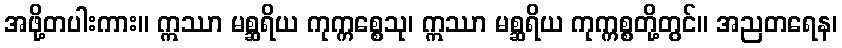
အဖို့တပါးကား။ ဣဿာ မစ္ဆရိယ ကုက္ကစ္စေသု၊ ဣဿာ မစ္ဆရိယ ကုက္ကစ္စတို့တွင်။ အညတရေန၊